Papaver somniferum - Opium : an extract from the sixth volume of the Dictionary of Economic Products of India
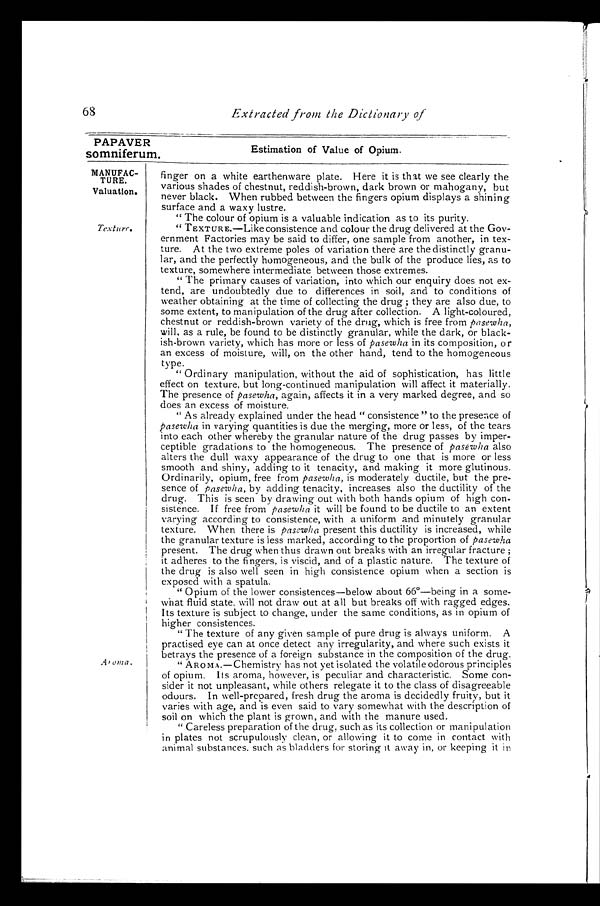
PAPAVER
somniferum.
Estimation of Value of Opium.
MANUFAC-
TURE.
Valuation.
Texture.
68
Extracted from the Dictionary of
Aroma .
finger on a white earthenware plate. Here it is that we see clearly the
various shades of chestnut, reddish-brown, dark brown or mahogany, but
never black. When rubbed between the fingers opium displays a shining
surface and a waxy lustre.
" The colour of opium is a valuable indication as to its purity.
" TEXTURE.—Like consistence and colour the drug delivered at the Gov
-ernment Factories may be said to differ, one sample from another, in tex
-ture. At the two extreme poles of variation there are the distinctly granu
-lar, and the perfectly homogeneous, and the bulk of the produce lies, as to
texture, somewhere intermediate between those extremes.
"The primary causes of variation, into which our enquiry does not ex-
tend, are undoubtedly due to differences in soil, and to conditions of
weather obtaining at the time of collecting the drug ; they are also due, to
some extent, to manipulation of the drug after collection. A light-coloured,
chestnut or reddish-brown variety of the drug, which is free from pasewha,
will, as a rule, be found to be distinctly granular, while the dark, or black-
-ish-brown variety, which has more or less of pasewha in its composition, or
an excess of moisture, will, on the other hand, tend to the homogeneous
type.
"Ordinary manipulation, without the aid of sophistication, has little
effect on texture, but long-continued manipulation will affect it materially.
The presence of pasewha, again, affects it in a very marked degree, and so
does an excess of moisture.
"As already explained under the head " consistence " to the presence of
pasewha in varying quantities is due the merging, more or less, of the tears
into each other whereby the granular nature of the drug passes by imper-
ceptible gradations to the homogeneous. The presence of pasewha also
alters the dull waxy appearance of the drug to one that is more or less
smooth and shiny, adding to it tenacity, and making it more glutinous.
Ordinarily, opium, free from pasewha, is moderately ductile, but the pre-
sence of pasewha, by adding tenacity, increases also the ductility of the
drug. This is seen by drawing out with both hands opium of high
sistence. If free from pasewha it will be found to be ductile to an extent
varying according to consistence, with a uniform and minutely granular
texture. When there is pasewha present this ductility is increased, while
the granular texture is less marked, according to the proportion of pasewha
present. The drug when thus drawn out breaks with an irregular fracture ;
it adheres to the fingers, is viscid, and of a plastic nature. The texture of
the drug is also well seen in high consistence opium when a section is
exposed with a spatula.
"Opium of the lower consistences—below about 66°—being in a some--
what fluid state, will not draw out at all but breaks off with ragged edges.
Its texture is subject to change, under the same conditions, as in opium of
higher consistences.
"The texture of any given sample of pure drug is always uniform. A
practised eye can at once detect any irregularity, and where such exists it
betrays the presence of a foreign substance in the composition of the drug.
"AROMA.—Chemistry has not yet isolated the volatile odorous principles
of opium. Its aroma, however, is peculiar and characteristic. Some con-
-sider it not unpleasant, while others relegate it to the class of disagreeable
odours. In well-prepared, fresh drug the aroma is decidedly fruity, but it
varies with age, and is even said to vary somewhat with the description of
soil on which the plant is grown, and with the manure used.
"Careless preparation of the drug, such as its collection or manipulation
in plates not scrupulously clean, or allowing it to come in contact with
ani mal subst ances, such as bl adder s f or st or i ng i t away i n, or keepi ng i t i n